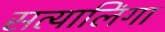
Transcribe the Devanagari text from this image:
सत्यालिंगा